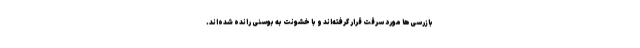
بازرسی‌ها مورد سرقت قرار گرفته‌اند و با خشونت به بوسنی رانده شده‌اند.